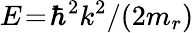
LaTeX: E\! =\! \hbar^{2}k^{2}/(2m_{r})